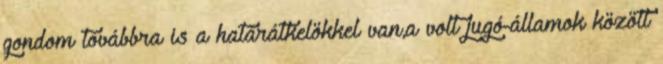
gondom továbbra is a határátkelökkel van,a volt jugó-államok között